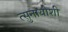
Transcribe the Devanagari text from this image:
त्सुनायोशी